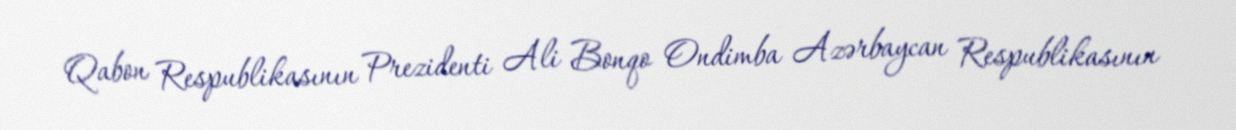
Qabon Respublikasının Prezidenti Ali Bonqo Ondimba Azərbaycan Respublikasının